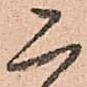
二